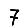
Digit: 7